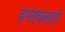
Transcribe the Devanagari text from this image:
हस्तकलाएं